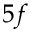
5 f